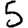
Digit: 5